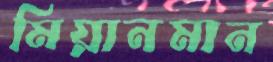
মিয়ানমান